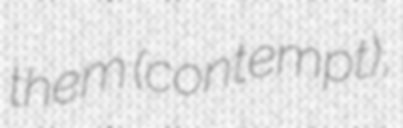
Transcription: them (contempt),